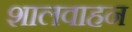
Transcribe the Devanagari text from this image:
शालवाहन